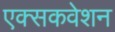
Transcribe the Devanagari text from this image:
एक्सकवेशन